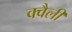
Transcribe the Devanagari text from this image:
क्वैली